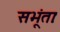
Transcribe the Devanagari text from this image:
सभूंताः